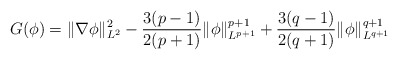
\begin{align*}G(\phi) = \|\nabla \phi\|^2_{L^2} -\frac{3(p-1)}{2(p+1)}\|\phi\|^{p+1}_{L^{p+1}} +\frac{3(q-1)}{2(q+1)}\|\phi\|^{q+1}_{L^{q+1}}\end{align*}